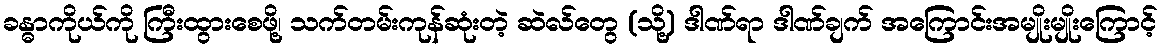
ခန္ဓာကိုယ်ကို ကြီးထွားစေဖို့၊ သက်တမ်းကုန်ဆုံးတဲ့ ဆဲလ်တွေ (သို့) ဒါဏ်ရာ ဒါဏ်ချက် အကြောင်းအမျိုးမျိုးကြောင့်